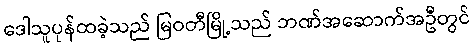
ဒေါသူပုန်ထခဲ့သည် မြဝတီမြို့သည် ဘဏ်အဆောက်အဦတွင်